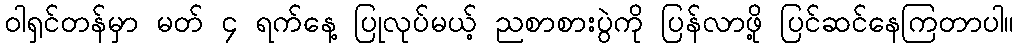
ဝါရှင်တန်မှာ မတ် ၄ ရက်နေ့ ပြုလုပ်မယ့် ညစာစားပွဲကို ပြန်လာဖို့ ပြင်ဆင်နေကြတာပါ။